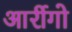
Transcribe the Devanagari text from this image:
आर्रीगो